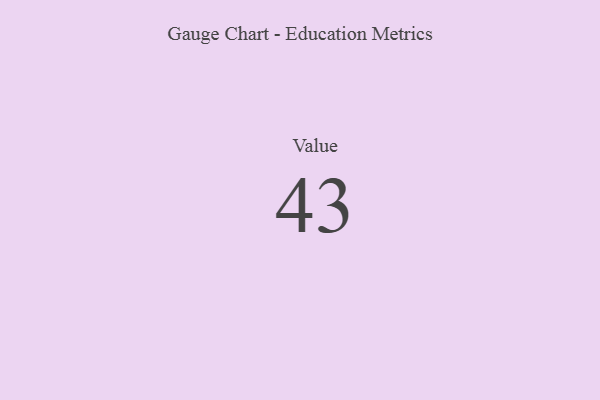
{"axis": {"x": "Metric", "y": "Value"}, "legend": [""], "data": [{"x": "Value", "y": 43, "type": ""}]}